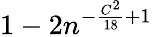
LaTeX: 1-2n^{-\frac{C^{2}}{18}+1}